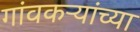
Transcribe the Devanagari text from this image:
गांवकऱ्यांच्या